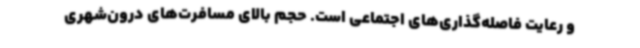
و رعایت فاصله‌گذاری‌های اجتماعی است. حجم بالای مسافرت‌های درون‌شهری